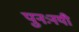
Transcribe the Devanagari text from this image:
पुनःनयी